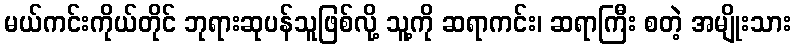
မယ်ကင်းကိုယ်တိုင် ဘုရားဆုပန်သူဖြစ်လို့ သူ့ကို ဆရာကင်း၊ ဆရာကြီး စတဲ့ အမျိုးသား